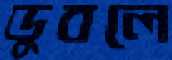
ডুবলে